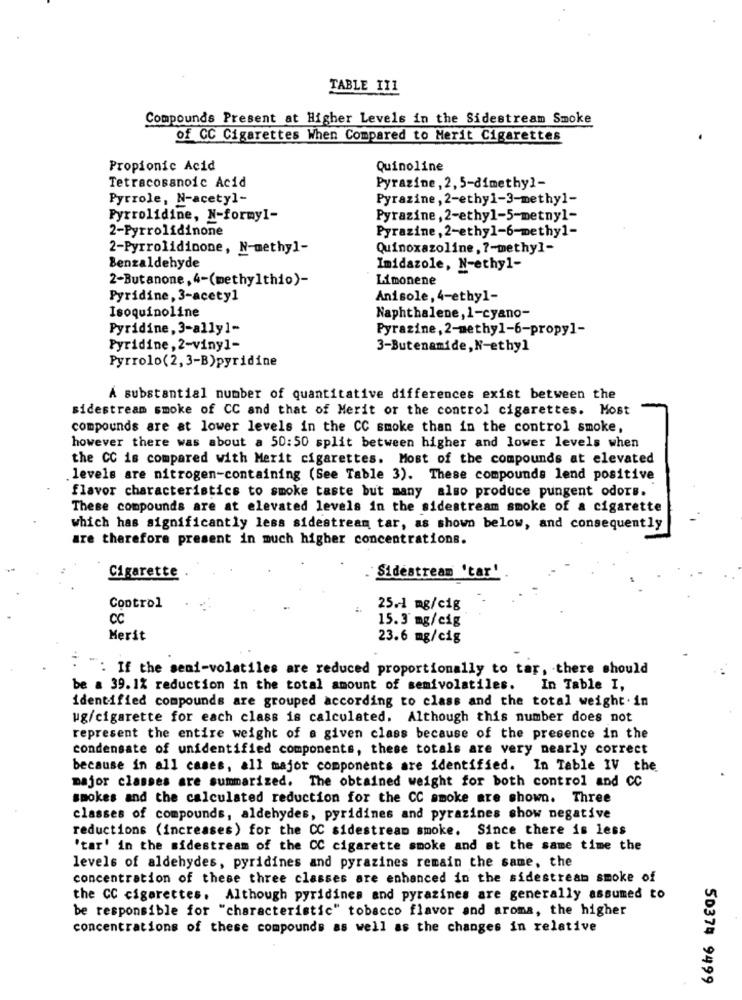
TABLE III
Compounds Present at Higher Levels in the Sidestream Smoke
of CC Cigarettes When Compared to Merit Cigarettes
Propionic Acid
Quinoline
Tetracosanoic Acid
Pyrazine, 2, 5-dimethy]-
Pyrrole, N-acetyl-
Pyrazine, 2-ethy1-3-methyl-
Pyrrolidine, N-formy1-
Pyrazine, 2-ethyl-5-metny1-
2-Pyrrolidinone
Pyrazine, 2-ethyl-6-methyl-
2-Pyrrolidinone, N-methyl-
Quinoxazoline, 7-methyl-
Benzaldehyde
Imidazole, N-ethyl-
2-Butanone, 4-(methylthio)-
Limonene
Pyridine, 3-acetyl
Anisole, 4-ethyl-
Isoquinoline
Naphthalene, 1-cyano-
Pyridine, 3-ally1-
Pyrazine, 2-methy1-6-propy]-
Pyridine, 2-viny]-
3-Butenamide, N-ethyl
Pyrrolo(2, 3-B)pyridine
A substantial number of quantitative differences exist between the
sidestream smoke of CC and that of Merit or the control cigarettes. Most
compounds are at lower levels in the CC smoke than in the control smoke,
however there was about a 50:50 split between higher and lower levels when
the CC is compared with Merit cigarettes. Most of the compounds at elevated
.levels are nitrogen-containing (See Table 3). These compounds lend positive
flavor characteristics to smoke taste but many also produce pungent odors.
These compounds are at elevated levels in the sidestream smoke of a cigarette
which has significantly less sidestream tar, as shown below, and consequently
are therefore present in much higher concentrations.
Sidestream 'tar'
Cigarette
Control
25 .- 1 mg/cig
CC
15.3 mg/cig
Merit
23.6 mg/cig
": If the seni-volatiles are reduced proportionally to tar, there should
be a 39. 1% reduction in the total amount of semivolatiles. In Table I,
identified compounds are grouped according to class and the total weight.in
ug/cigarette for each class is calculated. Although this number does not
represent the entire weight of a given class because of the presence in the
condensate of unidentified components, these totals are very nearly correct
because in all cases, all major components are identified. In Table IV the
major classes are summarized. The obtained weight for both control and CC
smokes and the calculated reduction for the CC smoke are shown. Three
classes of compounds, aldehydes, pyridines and pyrazines show negative
reductions (increases) for the CC sidestream smoke. Since there is less
'tar' in the sidestream of the CC cigarette smoke and at the same time the
levels of aldehydes, pyridines and pyrazines remain the same, the
concentration of these three classes are enhanced in the sidestream smoke of
the CC cigarettes. Although pyridines and pyrazines are generally assumed to
be responsible for "characteristic" tobacco flavor and aroma, the higher
concentrations of these compounds as well as the changes in relative
50374 9499